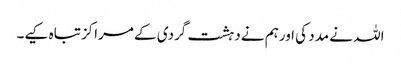
اللہ نے مدد کی اورہم نےدہشت گردی کے مراکزتباہ کیے۔